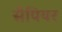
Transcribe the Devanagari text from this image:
सैपियर